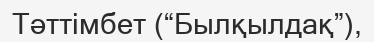
Тәттімбет (“Былқылдақ”),